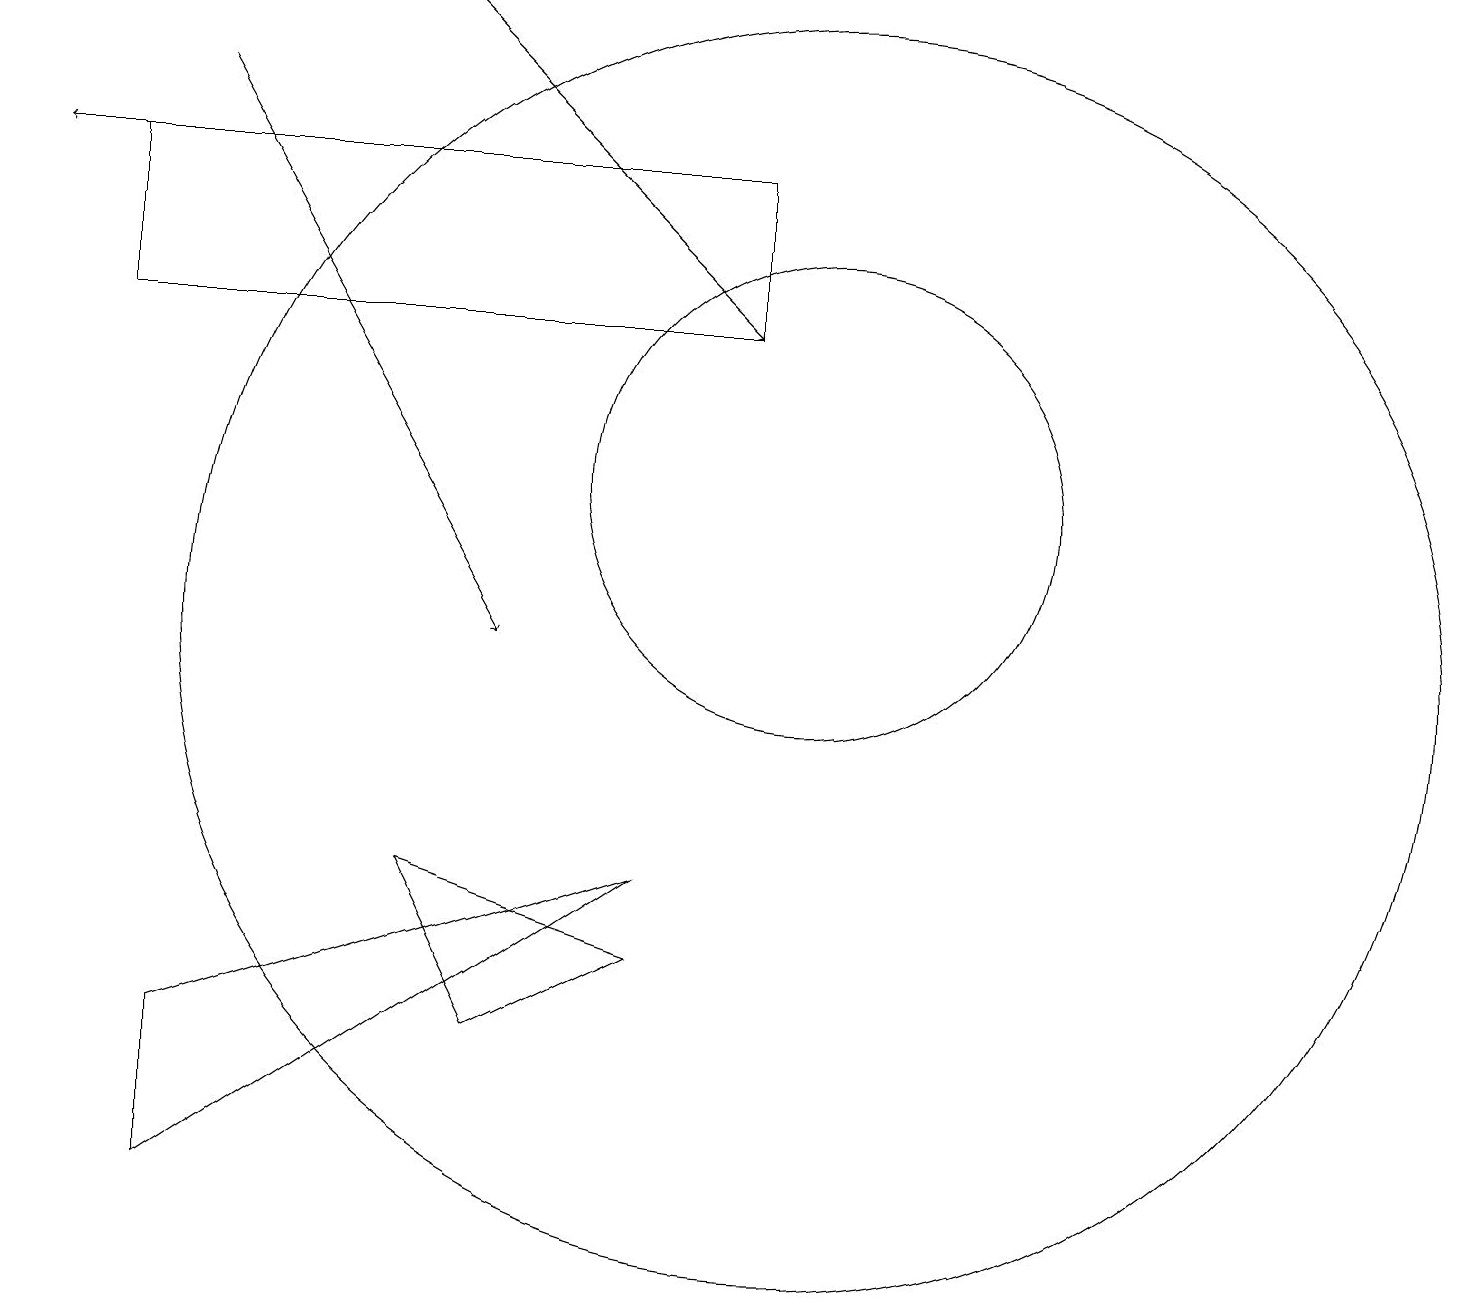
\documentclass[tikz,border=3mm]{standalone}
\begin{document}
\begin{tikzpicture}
\draw (8,6) -- (6,5) -- (5,7) -- cycle;
\draw (10,12) circle (3);
\draw (10,10) circle (8);
\draw (9,16) rectangle (1,14);
\draw[->] (4,16) -- (0,16);
\draw (2,3) -- (8,7) -- (2,5) -- cycle;
\draw[->] (5,18) -- (9,14);
\draw[->] (2,17) -- (6,10);
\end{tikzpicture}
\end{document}